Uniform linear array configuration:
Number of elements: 48
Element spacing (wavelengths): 1
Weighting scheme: binomial
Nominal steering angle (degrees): -45
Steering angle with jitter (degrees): -45.185
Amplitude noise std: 0.05
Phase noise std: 0.05

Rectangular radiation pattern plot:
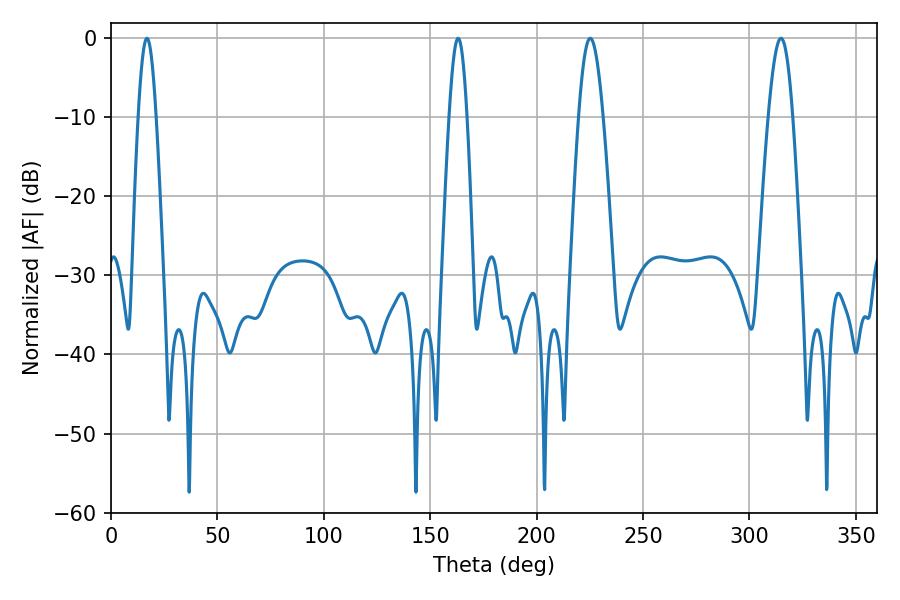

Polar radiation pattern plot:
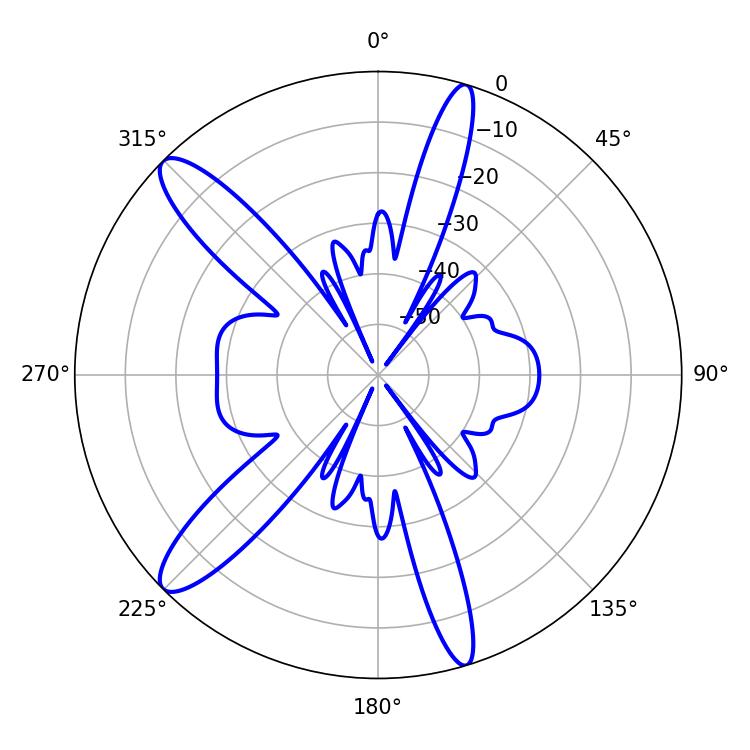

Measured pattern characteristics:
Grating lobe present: TRUE
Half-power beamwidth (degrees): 6.3
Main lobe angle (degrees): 225.18